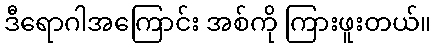
ဒီရောဂါအကြောင်း အစ်ကို ကြားဖူးတယ်။